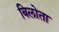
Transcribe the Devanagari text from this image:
बिलोता